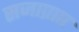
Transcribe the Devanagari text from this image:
सजाप्राप्त